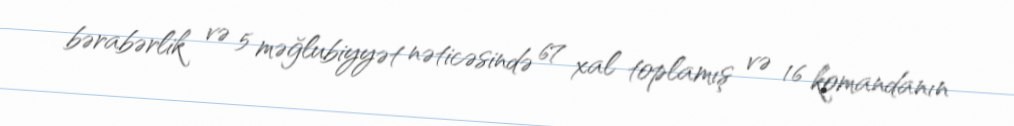
bərabərlik və 5 məğlubiyyət nəticəsində 67 xal toplamış və 16 komandanın